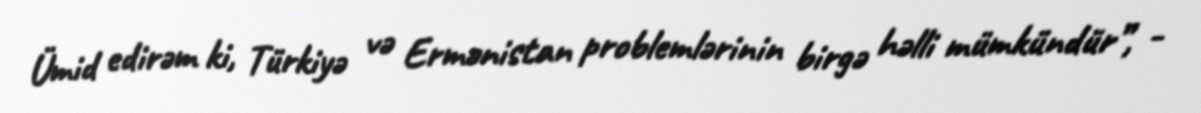
Ümid edirəm ki, Türkiyə və Ermənistan problemlərinin birgə həlli mümkündür”, -